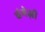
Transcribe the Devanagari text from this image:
चंगेज़ी